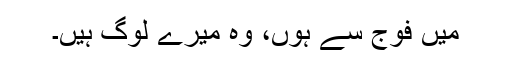
میں فوج سے ہوں، وہ میرے لوگ ہیں۔